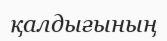
қалдығының